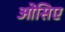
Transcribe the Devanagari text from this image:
ओसिए